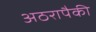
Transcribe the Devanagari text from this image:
अठरापैकी